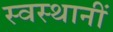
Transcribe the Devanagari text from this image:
स्वस्थानीं